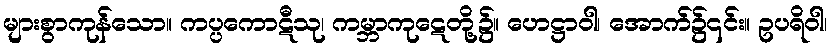
များစွာကုန်သော။ ကပ္ပကောဋီသု၊ ကမ္ဘာကုဋေတို့၌။ ဟေဋ္ဌာဝါ၊ အောက်၌၎င်း။ ဥပရိဝါ၊